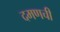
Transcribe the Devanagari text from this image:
दमणची